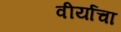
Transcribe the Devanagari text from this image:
वीर्याचा